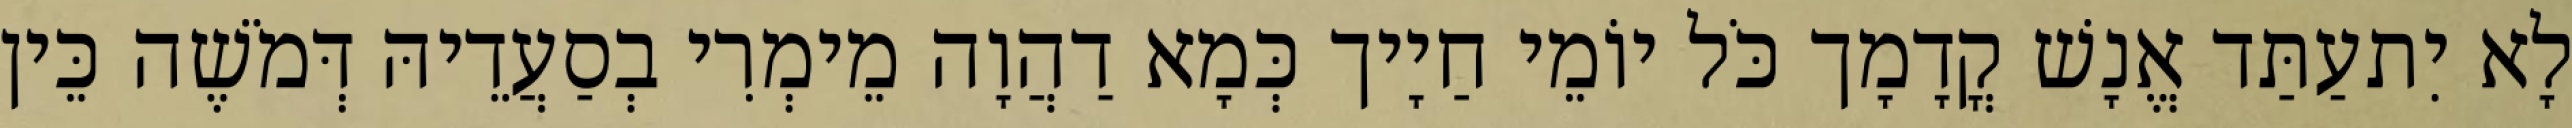
לָא יִתעַתַּד אֱנָשׁ קֳדָמָך כֹּל יוֹמֵי חַיָיך כְּמָא דַהֲוָה מֵימְרִי בְסַעֲדֵיהּ דְּמֹשֶׁה כֵּין